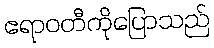
ဧရာဝတီကိုပြောသည်